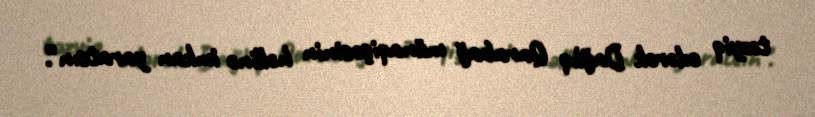
təzyiq edərək Dağlıq Qarabağ münaqişəsinin həllinə imkan yaratsın”.